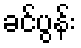
ခင်ပွန်း